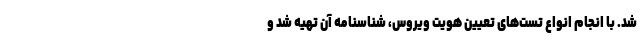
شد. با انجام انواع تست‌های تعیین هویت ویروس، شناسنامه آن تهیه شد و